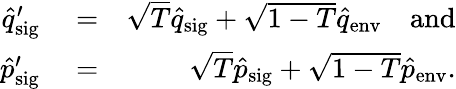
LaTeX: \begin{array}{rlr}{\hat{q}_{\mathrm{sig}}^{\prime}}&{{}=}&{\sqrt{T}\hat{q}_{\mathrm{sig}}+\sqrt{1-T}\hat{q}_{\mathrm{env}}\quad\mathrm{and}}\\ {\hat{p}_{\mathrm{sig}}^{\prime}}&{{}=}&{\sqrt{T}\hat{p}_{\mathrm{sig}}+\sqrt{1-T}\hat{p}_{\mathrm{env}}.}\end{array}